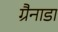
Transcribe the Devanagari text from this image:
ग्रैनाडा